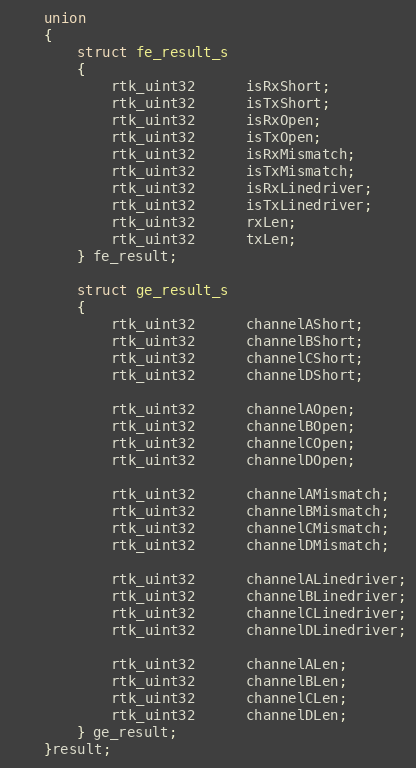
Language: C
    union
    {
        struct fe_result_s
        {
            rtk_uint32      isRxShort;
            rtk_uint32      isTxShort;
            rtk_uint32      isRxOpen;
            rtk_uint32      isTxOpen;
            rtk_uint32      isRxMismatch;
            rtk_uint32      isTxMismatch;
            rtk_uint32      isRxLinedriver;
            rtk_uint32      isTxLinedriver;
            rtk_uint32      rxLen;
            rtk_uint32      txLen;
        } fe_result;

        struct ge_result_s
        {
            rtk_uint32      channelAShort;
            rtk_uint32      channelBShort;
            rtk_uint32      channelCShort;
            rtk_uint32      channelDShort;

            rtk_uint32      channelAOpen;
            rtk_uint32      channelBOpen;
            rtk_uint32      channelCOpen;
            rtk_uint32      channelDOpen;

            rtk_uint32      channelAMismatch;
            rtk_uint32      channelBMismatch;
            rtk_uint32      channelCMismatch;
            rtk_uint32      channelDMismatch;

            rtk_uint32      channelALinedriver;
            rtk_uint32      channelBLinedriver;
            rtk_uint32      channelCLinedriver;
            rtk_uint32      channelDLinedriver;

            rtk_uint32      channelALen;
            rtk_uint32      channelBLen;
            rtk_uint32      channelCLen;
            rtk_uint32      channelDLen;
        } ge_result;
    }result;